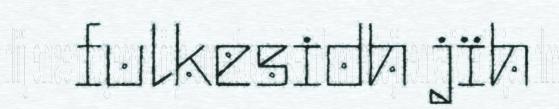
fulkesidh jïh